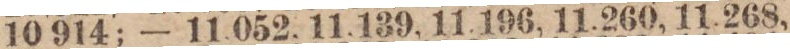
10,914; — 11,052, 11,139, 11,196, 11,260, 11,268,